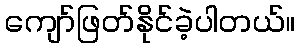
ကျော်ဖြတ်နိုင်ခဲ့ပါတယ်။